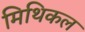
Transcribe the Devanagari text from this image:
मिथिकल